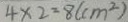
4 \times 2 = 8 ( c m ^ { 2 } )